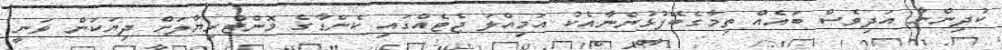
ކުދިންނާ އަދިވެސް ބައެއް ތިމާގެބޭފުޅުންނާއެކު އަމިއްލަ ޖެޓެއްގައި ކެނެޑާގެ މޮންޓްރިޔާލަށް ދިޔަކަން ވަނީ